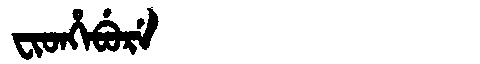
Manchu: ᠸᡳᡨᡥᡝᠪᡠᡵᡝ
Romanization: FITHEBURE